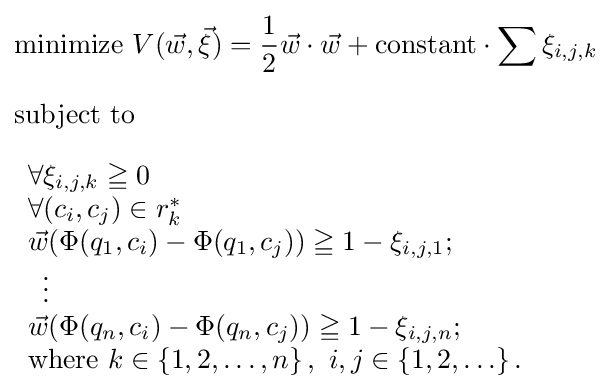
{\begin{aligned}&{\text{minimize }}V({\vec {w}},{\vec {\xi }})={1 \over 2}{\vec {w}}\cdot {\vec {w}}+{\text{constant}}\cdot \sum \xi _{i,j,k}\\[6pt]&{\text{subject to}}\\[6pt]&{\begin{array}{l}\forall \xi _{i,j,k}\geqq 0\\\forall (c_{i},c_{j})\in r_{k}^{*}\\{\vec {w}}(\Phi (q_{1},c_{i})-\Phi (q_{1},c_{j}))\geqq 1-\xi _{i,j,1};\\\,\,\,\vdots \\{\vec {w}}(\Phi (q_{n},c_{i})-\Phi (q_{n},c_{j}))\geqq 1-\xi _{i,j,n};\\{\text{where }}k\in \left\{1,2,\ldots ,n\right\},\ i,j\in \left\{1,2,\ldots \right\}.\end{array}}\end{aligned}}